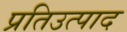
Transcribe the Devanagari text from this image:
प्रतिउत्पाद